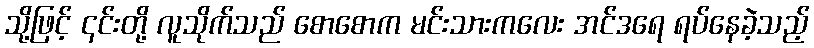
သို့ဖြင့် ၎င်းတို့ လူသိုက်သည် စောစောက မင်းသားကလေး အင်ဒရေ ရပ်နေခဲ့သည့်